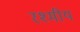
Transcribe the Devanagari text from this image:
रश्मीय